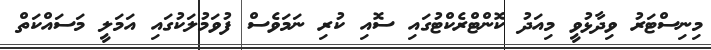
މިނިސްޓަރު ވިދާޅުވީ މިއަދު ކޮންޓްރެކްޓުގައި ސޮއި ކުރި ނަމަވެސް ފުވަމުލަކުގައި އަމަލީ މަސައްކަތް